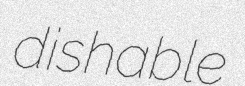
dishable